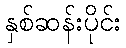
နှစ်ဆန်းပိုင်း